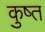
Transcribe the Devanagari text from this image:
कुष्त